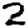
Digit: 2